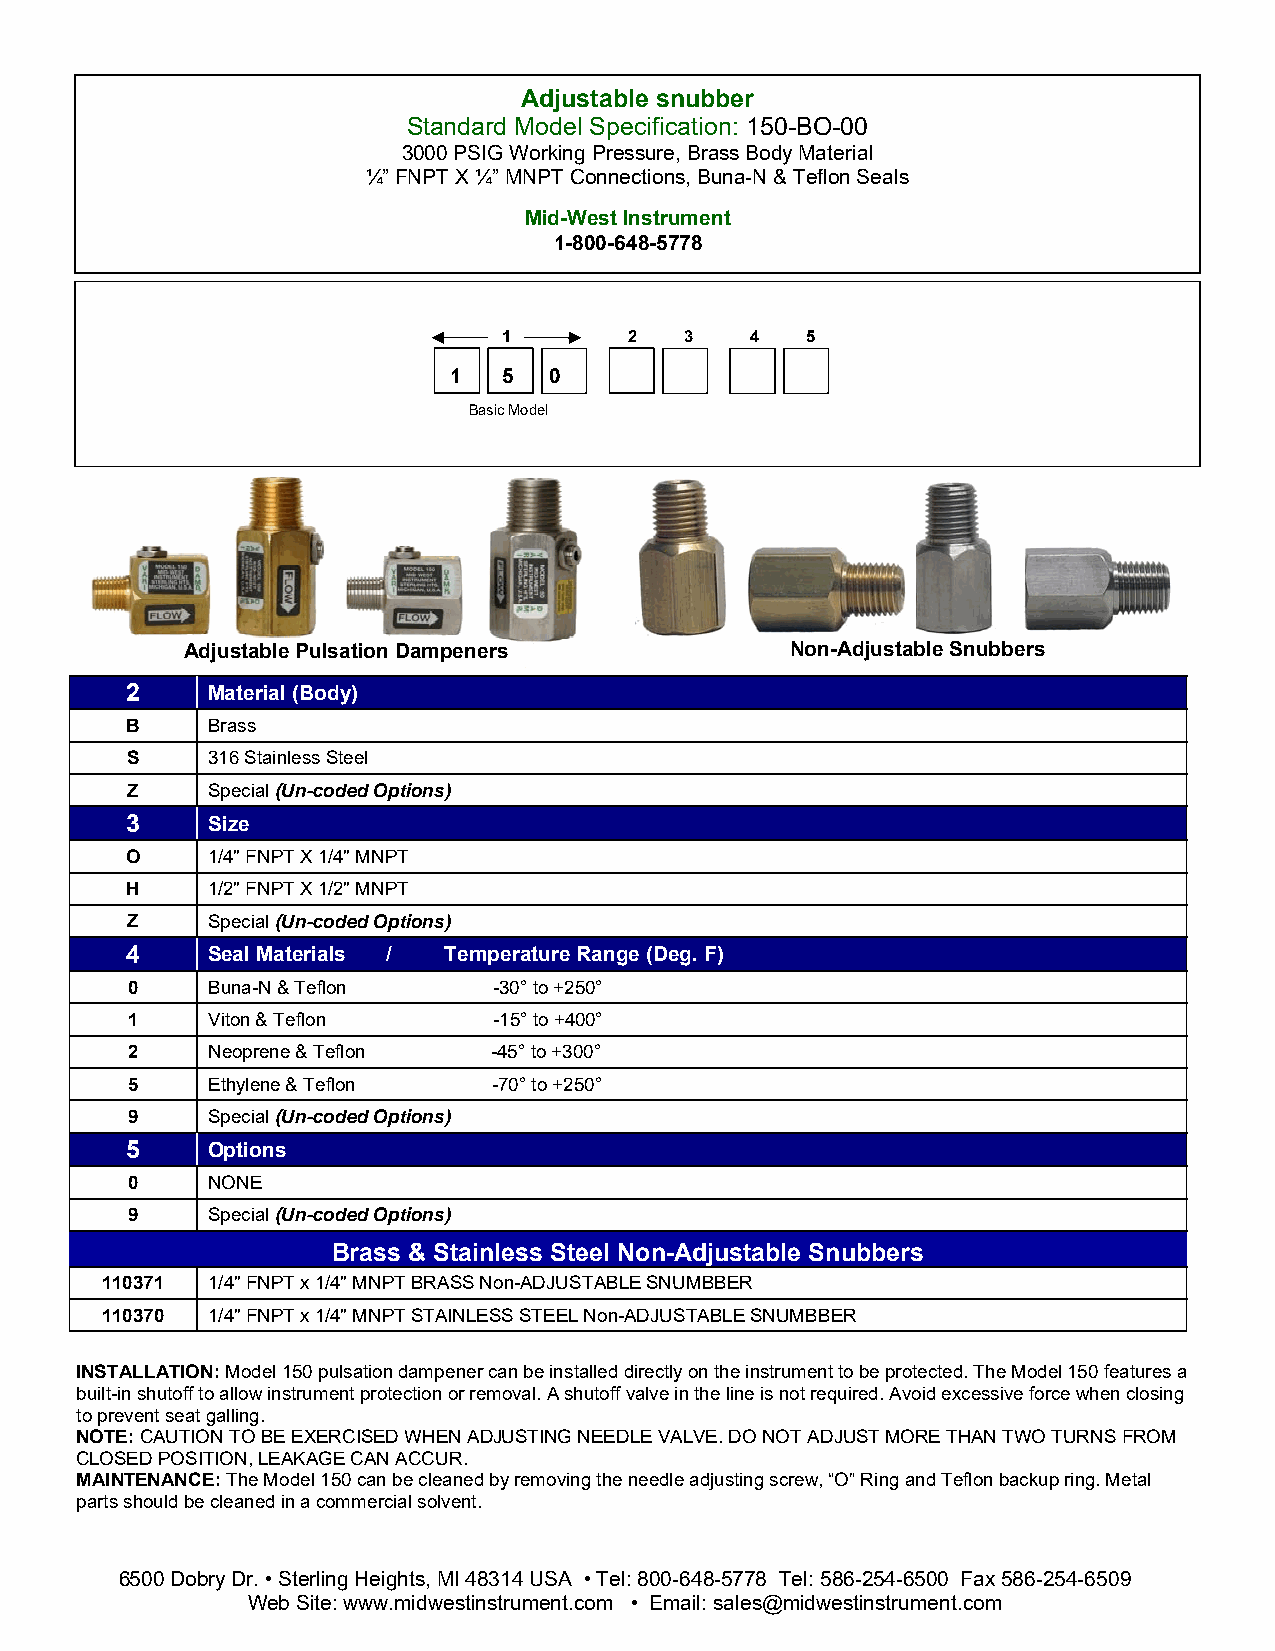
Adjustable snubber
 Standard Model Specification: 150-BO-00
 3000 PSIG Working Pressure, Brass Body Material
 ¼” FNPT X ¼” MNPT Connections, Buna-N & Teflon Seals
 Mid-West In strument
 1-800-648-5778
 1        2  3    4  5
 1  5  0
 Basic Model
 Adjustable Pulsation Dampeners          Non-Adjustable Snubbers
 2     Material (Body)
 B     Brass
 S     316 Stainless Steel
 Z     Special (Un-coded Options)
 3     Size
 O     1/4" FNPT X 1/4" MNPT
 H     1/2" FNPT X 1/2" MNPT
 Z     Special (Un-coded Options)
 4     Seal Materials / Temperature Range (Deg. F)
 0     Buna-N & Teflon    -30° to +250°
 1     Viton & Teflon     -15° to +400°
 2     Neoprene & Teflon -45° to +300°
 5     Ethylene & Teflon  -70° to +250°
 9     Special (Un-coded Options)
 5     Options
 0     NONE
 9     Special (Un-coded Options)
 Brass & Stainless Steel Non-Adjustable Snubbers
 110371 1/4" FNPT x 1/4" MNPT BRASS Non-ADJUSTABLE SNUMBBER
 110370 1/4" FNPT x 1/4" MNPT STAINLESS STEEL Non-ADJUSTABLE SNUMBBER
 INSTALLATION: Model 150 pulsation dampener can be installed directly on the instrument to be protected. The Model 150 features a
 built-in shutoff to allow instrument protection or removal. A shutoff valve in the line is not required. Avoid excessive force when closing
 to prevent seat galling.
 NOTE: CAUTION TO BE EXERCISED WHEN ADJUSTING NEEDLE VALVE. DO NOT ADJUST MORE THAN TWO TURNS FROM
 CLOSED POSITION, LEAKAGE CAN ACCUR.
 MAINTENANCE: The Model 150 can be cleaned by removing the needle adjusting screw, “O” Ring and Teflon backup ring. Metal
 parts should be cleaned in a commercial solvent.
 6500 Dobry Dr. • Sterling Heights, MI 48314 USA • Tel: 800-648-5778 Tel: 586-254-6500 Fax 586-254-6509
 Web Site: www.midwestinstrument.com • Email: sales@midwestinstrument.com